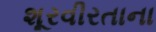
શૂરવીરતાના